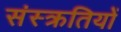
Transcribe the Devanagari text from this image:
संस्क्रतियों